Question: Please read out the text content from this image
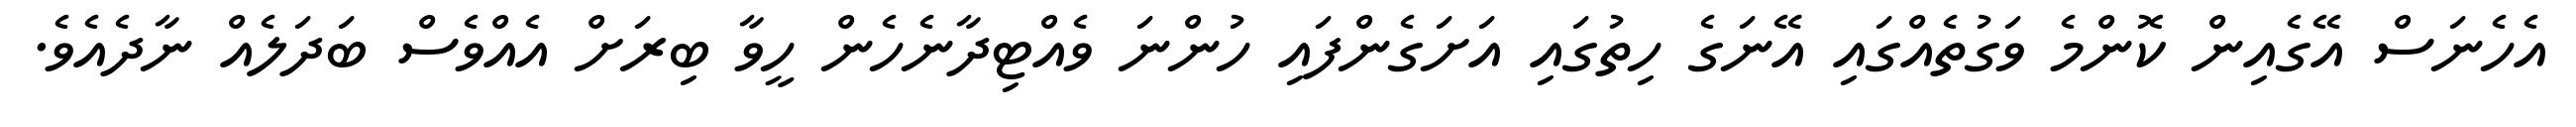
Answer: އެހެނަސް އޭގެއިން ކޮންމެ ވަގުތެއްގައި އޭނަގެ ހިތުގައި އަށަގެންފައި ހުންނަ ވެއްޓިދާނެހެން ހީވާ ބިރަށް އެއްވެސް ބަދަލެއް ނާދެއެވެ.